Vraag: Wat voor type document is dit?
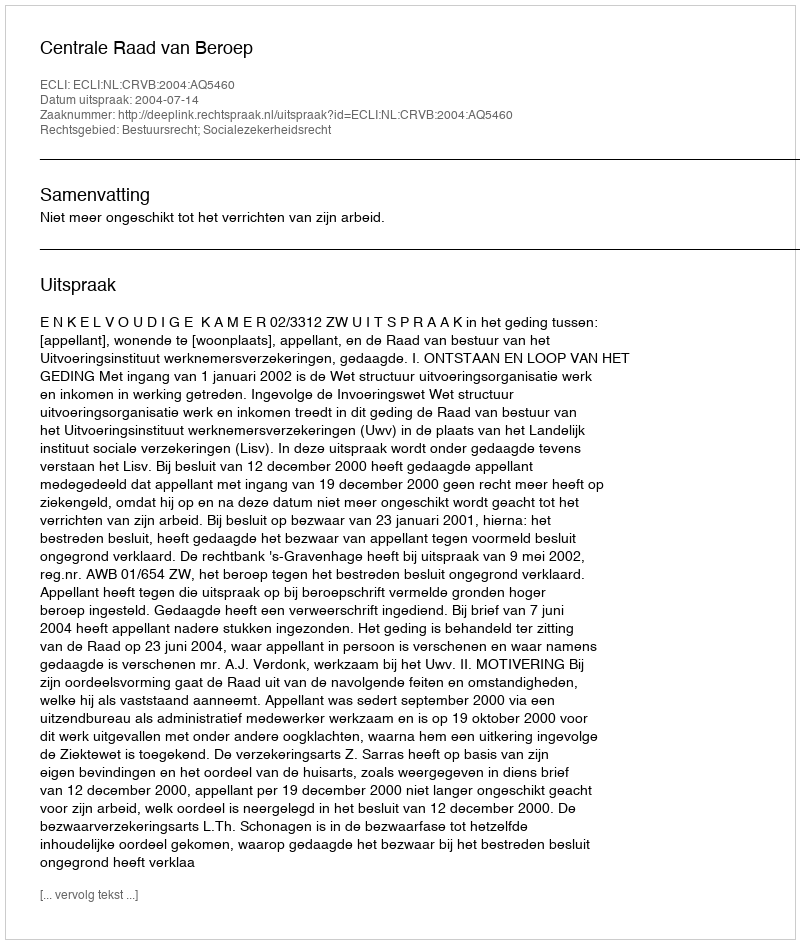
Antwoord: Uitspraak